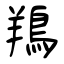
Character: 鴹